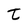
Character: t